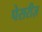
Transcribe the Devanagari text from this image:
पेसरीज़